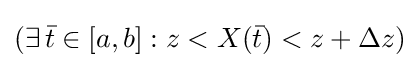
(\exists \,{\bar {t}}\in [a,b]:z<X({\bar {t}})<z+\Delta z)